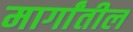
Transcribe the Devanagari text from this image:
मार्गांतील